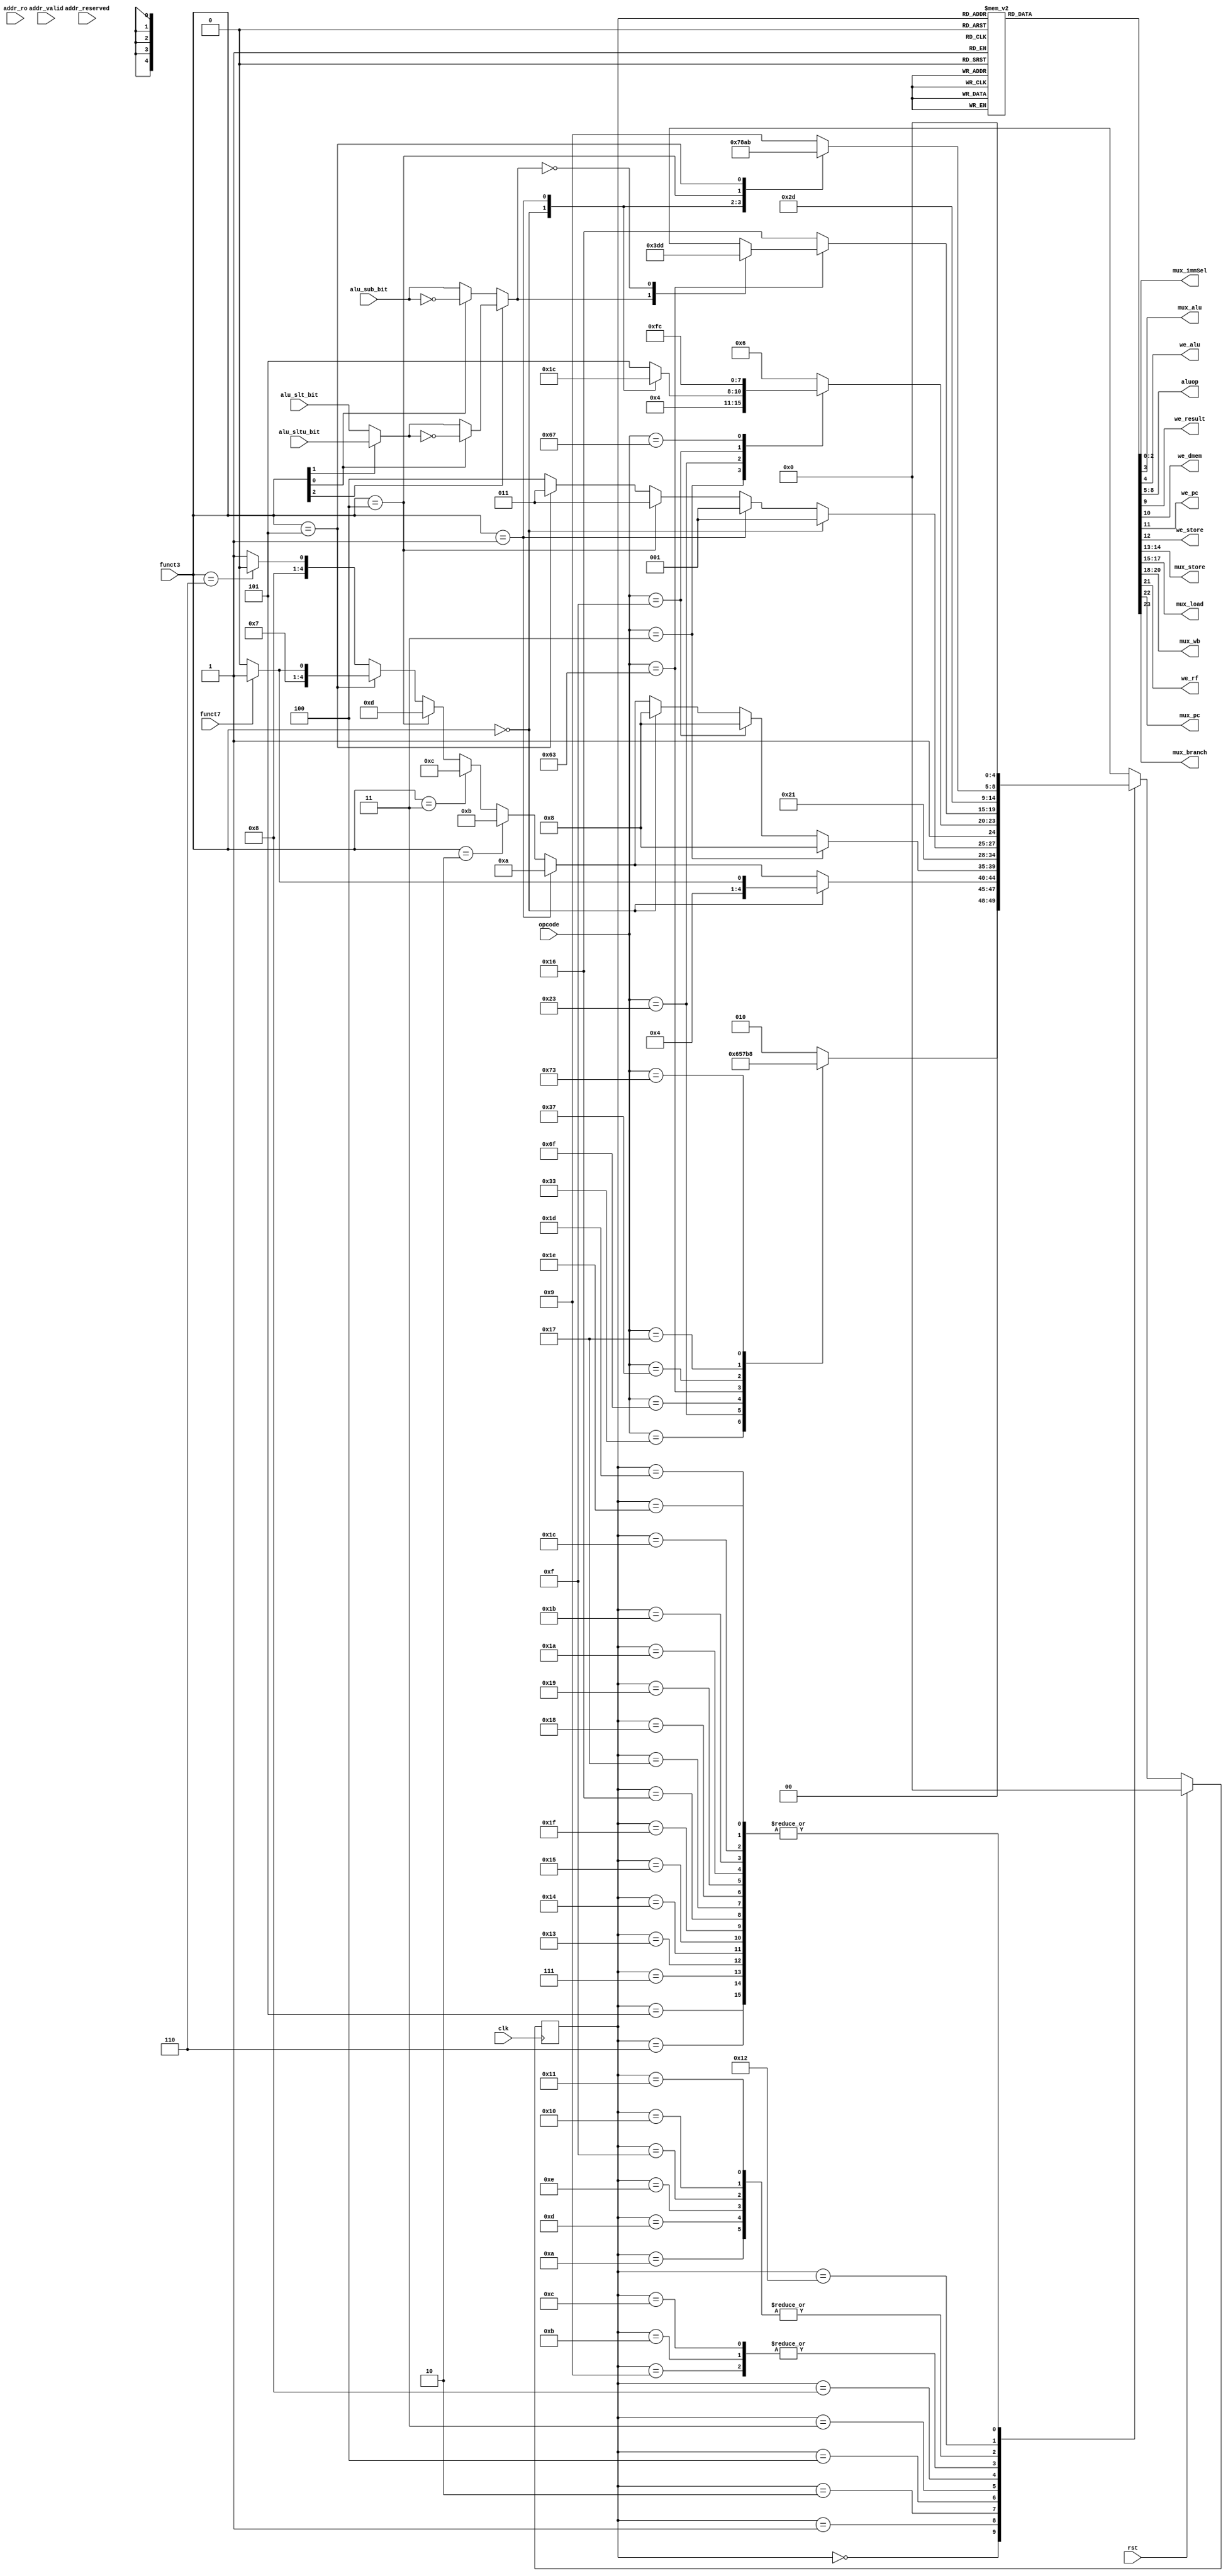
`timescale 1ns / 1ps

module control_unit(
input clk,
input rst,
input [6:0] opcode,
input [2:0] funct3,
input funct7,
input alu_sub_bit,
input alu_slt_bit,
input alu_sltu_bit,
input addr_valid,
input addr_reserved,
input addr_ro,
output reg [2:0] mux_immSel,
output reg mux_alu,
output reg we_alu,
output reg [3:0] aluop,
output reg we_result,
output reg we_dmem,
output reg we_pc,
output reg we_store,
output reg [1:0] mux_store,
output reg [2:0] mux_load,
output reg [2:0] mux_wb,
output reg we_rf,
output reg mux_pc,
output reg mux_branch
    );
    
    //assume a max of 32 states
    localparam STATE_IF_INIT = 5'h00;
    
    localparam STATE_ID_RTYPE = 5'h01;
    localparam STATE_ID_ITYPE = 5'h02;
    localparam STATE_ID_BTYPE = 5'h03;
    localparam STATE_ID_STYPE = 5'h04;
    localparam STATE_ID_JTYPE = 5'h05;
    localparam STATE_ID_LUI = 5'h06;
    localparam STATE_ID_AUIPC = 5'h07;
    
    localparam STATE_EX_ADD = 5'h08;
    localparam STATE_EX_SUB = 5'h09;
    localparam STATE_EX_SLL = 5'h0A;
    localparam STATE_EX_SLT = 5'h0B;
    localparam STATE_EX_SLTU = 5'h0C;
    localparam STATE_EX_XOR = 5'h0D;
    localparam STATE_EX_SRL = 5'h0E;
    localparam STATE_EX_SRA = 5'h0F;
    localparam STATE_EX_OR = 5'h10;
    localparam STATE_EX_AND = 5'h11;
    
    localparam STATE_MEM_LOAD = 5'h12;
    localparam STATE_MEM_SB = 5'h13;
    localparam STATE_MEM_SH = 5'h14;
    localparam STATE_MEM_SW = 5'h15;
    
    localparam STATE_MEM_WB_NOP = 5'h1F;
    
    localparam STATE_WB_GEN = 5'h16;
    localparam STATE_WB_LB = 5'h17;
    localparam STATE_WB_LH = 5'h18;
    localparam STATE_WB_LW = 5'h19;
    localparam STATE_WB_LBU = 5'h1A;
    localparam STATE_WB_LHU = 5'h1B;
    localparam STATE_WB_JALR = 5'h1C;
    localparam STATE_WB_BNT = 5'h1D;
    localparam STATE_WB_BT = 5'h1E;
    
    reg [4:0] state_curr, state_next;
    wire branch_taken;
    wire alu_slt_bit_combo;
    assign alu_slt_bit_combo = funct3[1] ? alu_sltu_bit : alu_slt_bit;
    assign branch_taken = funct3[2] ? (funct3[0] ? ~alu_slt_bit_combo : alu_slt_bit_combo) : 
    (funct3[0] ? ~alu_sub_bit : alu_sub_bit);
    
    //Current state logic
    always@(negedge clk)
    begin
        if(rst)
            state_curr <= STATE_IF_INIT;
        else
            state_curr <= state_next;
    end
    
    //Next state logic
    always@(*)
    begin
        state_next = state_curr;
        case(state_curr)
            STATE_IF_INIT:
            begin
//                if(opcode == 7'b0110011)
//                    state_next = STATE_ID_RTYPE;
//                else if(opcode == 7'b0100011)
//                    state_next = STATE_ID_STYPE;
//                else if(opcode == 7'b1101111)
//                    state_next = STATE_ID_JTYPE;
//                else if(opcode == 7'b1100011)
//                    state_next = STATE_ID_BTYPE;
//                else if(opcode == 7'b0110111)
//                    state_next = STATE_ID_LUI;
//                else if(opcode == 7'b0010111)
//                    state_next = STATE_ID_AUIPC;
//                else if(opcode == 7'b1110011)
//                    state_next = STATE_IF_INIT;
//                else
//                    state_next = STATE_ID_ITYPE;
                case(opcode)
                7'b0110011:
                    state_next = STATE_ID_RTYPE;
                7'b0100011:
                    state_next = STATE_ID_STYPE;
                7'b1101111:
                    state_next = STATE_ID_JTYPE;
                7'b1100011:
                    state_next = STATE_ID_BTYPE;
                7'b0110111:
                    state_next = STATE_ID_LUI;
                7'b0010111:
                    state_next = STATE_ID_AUIPC;
                7'b1110011:
                    state_next = STATE_IF_INIT;
                default:
                    state_next = STATE_ID_ITYPE;
                endcase
            end
            
            STATE_ID_RTYPE:
            begin
                if(funct3 == 3'b000)
                begin
                    if(funct7 == 1'b0)
                        state_next = STATE_EX_ADD;
                    else
                        state_next = STATE_EX_SUB;
                end
                else if(funct3 == 3'b001)
                begin
                    state_next = STATE_EX_SLL;
                end
                else if(funct3 == 3'b010)
                begin
                    state_next = STATE_EX_SLT;
                end
                else if(funct3 == 3'b011)
                begin
                    state_next = STATE_EX_SLTU;
                end
                else if(funct3 == 3'b100)
                begin
                    state_next = STATE_EX_XOR;
                end
                else if(funct3 == 3'b101)
                begin
                    if(funct7 == 1'b0)
                        state_next = STATE_EX_SRL;
                    else
                        state_next = STATE_EX_SRA;
                end
                else if(funct3 == 3'b110)
                begin
                    state_next = STATE_EX_OR;
                end
                else
                begin
                    state_next = STATE_EX_AND;
                end
            end
            
            STATE_ID_ITYPE:
            begin
                if(opcode == 7'b0000011) //LOAD instructions
                    state_next = STATE_EX_ADD;
                else if(opcode == 7'b0001111) //FENCE instruction
                    state_next = STATE_EX_ADD;
                else if(funct3 == 3'b000)
                    state_next = STATE_EX_ADD;
                else if(funct3 == 3'b001)
                    state_next = STATE_EX_SLL;
                else if(funct3 == 3'b010)
                    state_next = STATE_EX_SLT;
                else if(funct3 == 3'b011)
                    state_next = STATE_EX_SLTU;
                else if(funct3 == 3'b100)
                    state_next = STATE_EX_XOR;
                else if(funct3 == 3'b101)
                begin
                    if(funct7 == 1'b0)
                        state_next = STATE_EX_SRL;
                    else
                        state_next = STATE_EX_SRA;
                end
                else if(funct3 == 3'b110)
                    state_next = STATE_EX_OR;
                else
                    state_next = STATE_EX_AND;
            end
            
            STATE_ID_STYPE:
            begin
                state_next = STATE_EX_ADD;
            end
            
            STATE_ID_BTYPE:
            begin
                if(funct3 == 3'b000)
                    state_next = STATE_EX_SUB;
                else if(funct3 == 3'b001)
                    state_next = STATE_EX_SUB;
                else if(funct3 == 3'b100)
                    state_next = STATE_EX_SLT;
                else if(funct3 == 3'b101)
                    state_next = STATE_EX_SLT;
                else if(funct3 == 3'b110)
                    state_next = STATE_EX_SLTU;
                else
                    state_next = STATE_EX_SLTU;
            end
            
            STATE_ID_JTYPE:
            begin
                state_next = STATE_IF_INIT;
            end
            
            STATE_ID_LUI:
            begin
                state_next = STATE_IF_INIT;
            end
            
            STATE_ID_AUIPC:
            begin
                state_next = STATE_IF_INIT;
            end
            
            STATE_EX_ADD:
            begin
//                if(opcode == 7'b0000011)
//                    state_next = STATE_MEM_LOAD;
//                else if(opcode == 7'b0100011)
//                begin
////                    if(addr_ro | ~(addr_valid | addr_reserved))
////                        state_next = STATE_MEM_WB_NOP;
//                    if(funct3 == 3'b000)
//                        state_next = STATE_MEM_SB;
//                    else if(funct3 == 3'b001)
//                        state_next = STATE_MEM_SH;
//                    else
//                        state_next = STATE_MEM_SW;
//                end
//                else if(opcode == 7'b0001111)
//                    state_next = STATE_MEM_WB_NOP; //FENCE
//                else if(opcode == 7'b1100111)
//                    state_next = STATE_WB_JALR;
//                else
//                    state_next = STATE_WB_GEN;
                case(opcode)
                    7'b0000011:
                        state_next = STATE_MEM_LOAD;
                    7'b0100011:
                        case(funct3)
                            3'b000:
                                state_next = STATE_MEM_SB;
                            3'b001:
                                state_next = STATE_MEM_SH;
                            3'b010:
                                state_next = STATE_MEM_SW;
                            default:
                                state_next = STATE_MEM_SW;
                        endcase
                    7'b0001111:
                        state_next = STATE_MEM_WB_NOP;
                    7'b1100111:
                        state_next = STATE_WB_JALR;
                    default:
                        state_next = STATE_WB_GEN;
                endcase
            end
            
            STATE_EX_SUB:
            begin
//                if(opcode == 7'b1100011)
//                begin
//                    if(branch_taken)
//                        state_next = STATE_WB_BT;
//                    else
//                        state_next = STATE_WB_BNT;
//                end
//                else
//                    state_next = STATE_WB_GEN;
                case(opcode)
                    7'b1100011:
                        case(branch_taken)
                            1'b1:
                                state_next = STATE_WB_BT;
                            1'b0:
                                state_next = STATE_WB_BNT;
                        endcase
                    default:
                        state_next = STATE_WB_GEN;
                endcase
            end
            
            STATE_EX_SLL:
            begin
                state_next = STATE_WB_GEN;
            end
            
            STATE_EX_SLT:
            begin
//                if(opcode == 7'b1100011)
//                begin
//                    if(branch_taken)
//                        state_next = STATE_WB_BT;
//                    else
//                        state_next = STATE_WB_BNT;
//                end
//                else
//                    state_next = STATE_WB_GEN;
                case(opcode)
                    7'b1100011:
                        case(branch_taken)
                            1'b1:
                                state_next = STATE_WB_BT;
                            1'b0:
                                state_next = STATE_WB_BNT;
                        endcase
                    default:
                        state_next = STATE_WB_GEN;
                endcase
            end
            
            STATE_EX_SLTU:
            begin
//                if(opcode == 7'b1100011)
//                begin
//                    if(branch_taken)
//                        state_next = STATE_WB_BT;
//                    else
//                        state_next = STATE_WB_BNT;
//                end
//                else
//                    state_next = STATE_WB_GEN;
                case(opcode)
                    7'b1100011:
                        case(branch_taken)
                            1'b1:
                                state_next = STATE_WB_BT;
                            1'b0:
                                state_next = STATE_WB_BNT;
                        endcase
                    default:
                        state_next = STATE_WB_GEN;
                endcase
            end
            
            STATE_EX_XOR:
            begin
                state_next = STATE_WB_GEN;
            end
            
            STATE_EX_SRL:
            begin
                state_next = STATE_WB_GEN;
            end
            
            STATE_EX_SRA:
            begin
                state_next = STATE_WB_GEN;
            end
            
            STATE_EX_OR:
            begin
                state_next = STATE_WB_GEN;
            end
            
            STATE_EX_AND:
            begin
                state_next = STATE_WB_GEN;
            end
            
            STATE_MEM_LOAD:
            begin
//              if(~(addr_valid | addr_reserved))
//                  state_next = STATE_MEM_WB_NOP;
//                if(funct3 == 3'b000)
//                    state_next = STATE_WB_LB;
//                else if(funct3 == 3'b001)
//                    state_next = STATE_WB_LH;
//                else if(funct3 == 3'b010)
//                    state_next = STATE_WB_LW;
//                else if(funct3 == 3'b100)
//                    state_next = STATE_WB_LBU;
//                else
//                    state_next = STATE_WB_LHU;
                case(funct3)
                    3'b000:
                        state_next = STATE_WB_LB;
                    3'b001:
                        state_next = STATE_WB_LH;
                    3'b010:
                        state_next = STATE_WB_LW;
                    3'b100:
                        state_next = STATE_WB_LBU;
                    3'b101:
                        state_next = STATE_WB_LHU;
                    default:
                        state_next = STATE_WB_LW;
                endcase
            end
            
            STATE_MEM_SB:
            begin
                state_next = STATE_IF_INIT;
            end
            
            STATE_MEM_SH:
            begin
                state_next = STATE_IF_INIT;
            end
            
            STATE_MEM_SW:
            begin
                state_next = STATE_IF_INIT;
            end
            
            STATE_MEM_WB_NOP:
            begin
                state_next = STATE_IF_INIT;
            end
            
            STATE_WB_GEN:
            begin
                state_next = STATE_IF_INIT;
            end
            
            STATE_WB_LB:
            begin
                state_next = STATE_IF_INIT;
            end
            
            STATE_WB_LH:
            begin
                state_next = STATE_IF_INIT;
            end
            
            STATE_WB_LW:
            begin
                state_next = STATE_IF_INIT;
            end
            
            STATE_WB_LBU:
            begin
                state_next = STATE_IF_INIT;
            end
            
            STATE_WB_LHU:
            begin
                state_next = STATE_IF_INIT;
            end
            
            STATE_WB_JALR:
            begin
                state_next = STATE_IF_INIT;
            end
            
            STATE_WB_BT:
            begin
                state_next = STATE_IF_INIT;
            end
            
            STATE_WB_BNT:
            begin
                state_next = STATE_IF_INIT;
            end
            
            default: state_next = state_curr;
            
        endcase
    end
    
    //Output Logic
    always@(*)
    begin
        mux_immSel = 3'b000;
        mux_alu = 1'b0;
        we_alu = 1'b0;
        aluop = 4'b0000;
        we_result = 1'b0;
        we_dmem = 1'b0;
        we_pc = 1'b0;
        we_store = 1'b0;
        mux_store = 2'b00;
        mux_load = 3'b010;
        mux_wb = 3'b000;
        we_rf = 1'b0;
        mux_pc = 1'b0;
        mux_branch = 1'b0;
        case(state_curr)
            STATE_IF_INIT:
            begin
            end
            STATE_ID_RTYPE:
            begin
                mux_alu = 1'b0;
                we_alu = 1'b1;
            end
            STATE_ID_ITYPE:
            begin
                mux_alu = 1'b1;
                mux_immSel = 3'b000;
                we_alu = 1'b1;
            end
            STATE_ID_BTYPE:
            begin
                mux_alu = 1'b0;
                we_alu = 1'b1;
            end
            STATE_ID_STYPE:
            begin
                mux_immSel = 3'b010;
                mux_alu = 1'b1;
                we_alu = 1'b1;
            end
            STATE_ID_JTYPE:
            begin
                mux_immSel = 3'b011;
                mux_branch = 1'b1;
                we_pc = 1'b1;
                mux_wb = 3'b010;
                we_rf = 1'b1;
            end
            STATE_ID_LUI:
            begin
                mux_immSel = 3'b100;
                mux_wb = 3'b011;
                we_rf = 1'b1;
                we_pc = 1'b1;
                mux_pc = 1'b0;
                mux_branch = 1'b0;
            end
            STATE_ID_AUIPC:
            begin
                mux_immSel = 3'b100;
                mux_wb = 3'b100;
                we_rf = 1'b1;
                we_pc = 1'b1;
                mux_pc = 1'b0;
                mux_branch = 1'b0;
            end
            STATE_EX_ADD:
            begin
                aluop = 4'b0000;
                we_result = 1'b1;
                we_store = 1'b1;
            end
            STATE_EX_SUB:
            begin
                aluop = 4'b1000;
                we_result = 1'b1;
            end
            STATE_EX_SLL:
            begin
                aluop = 4'b0001;
                we_result = 1'b1;
            end
            STATE_EX_SLT:
            begin
                aluop = 4'b0010;
                we_result = 1'b1;
            end
            STATE_EX_SLTU:
            begin
                aluop = 4'b0011;
                we_result = 1'b1;
            end
            STATE_EX_XOR:
            begin
                aluop = 4'b0100;
                we_result = 1'b1;
            end
            STATE_EX_SRL:
            begin
                aluop = 4'b0101;
                we_result = 1'b1;
            end
            STATE_EX_SRA:
            begin
                aluop = 4'b1101;
                we_result = 1'b1;
            end
            STATE_EX_OR:
            begin
                aluop = 4'b0110;
                we_result = 1'b1;
            end
            STATE_EX_AND:
            begin
                aluop = 4'b0111;
                we_result = 1'b1;
            end
            STATE_MEM_LOAD:
            begin
            end
            STATE_MEM_SB:
            begin
                we_dmem = 1'b1;
                we_pc = 1'b1;
                mux_pc = 1'b0;
                mux_branch = 1'b0;
                mux_store = 2'b01;
            end
            STATE_MEM_SH:
            begin
                we_dmem = 1'b1;
                we_pc = 1'b1;
                mux_pc = 1'b0;
                mux_branch = 1'b0;
                mux_store = 2'b10;
            end
            STATE_MEM_SW:
            begin
                we_dmem = 1'b1;
                we_pc = 1'b1;
                mux_pc = 1'b0;
                mux_branch = 1'b0;
                mux_store = 2'b00;
            end
            STATE_MEM_WB_NOP:
            begin
                we_pc = 1'b1;
                mux_pc = 1'b0;
                mux_branch = 1'b0;
            end
            STATE_WB_GEN:
            begin
                we_rf = 1'b1;
                we_pc = 1'b1;
                mux_wb = 3'b000;
                mux_pc = 1'b0;
                mux_branch = 1'b0;
            end
            STATE_WB_LB:
            begin
                we_rf = 1'b1;
                we_pc = 1'b1;
                mux_wb =3'b001;
                mux_pc = 1'b0;
                mux_branch = 1'b0;
                mux_load = 3'b000;
            end
            STATE_WB_LH:
            begin
                we_rf = 1'b1;
                we_pc = 1'b1;
                mux_wb =3'b001;
                mux_pc = 1'b0;
                mux_branch = 1'b0;
                mux_load = 3'b001;
            end
            STATE_WB_LW:
            begin
                we_rf = 1'b1;
                we_pc = 1'b1;
                mux_wb =3'b001;
                mux_pc = 1'b0;
                mux_branch = 1'b0;
                mux_load = 3'b010;
            end
            STATE_WB_LBU:
            begin
                we_rf = 1'b1;
                we_pc = 1'b1;
                mux_wb =3'b001;
                mux_pc = 1'b0;
                mux_branch = 1'b0;
                mux_load = 3'b011;
            end
            STATE_WB_LHU:
            begin
                we_rf = 1'b1;
                we_pc = 1'b1;
                mux_wb =3'b001;
                mux_pc = 1'b0;
                mux_branch = 1'b0;
                mux_load = 3'b100;
            end
            STATE_WB_JALR:
            begin
                we_rf = 1'b1;
                we_pc = 1'b1;
                mux_wb = 3'b010;
                mux_pc = 1'b1;
            end
            STATE_WB_BNT:
            begin
                we_rf = 1'b0;
                we_pc = 1'b1;
                mux_pc = 1'b0;
                mux_branch = 1'b0;
            end
            STATE_WB_BT:
            begin
                we_rf = 1'b0;
                we_pc = 1'b1;
                mux_branch = 1'b1;
                mux_pc = 1'b0;
                mux_immSel = 3'b001;
            end
        endcase
    end
    
endmodule